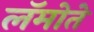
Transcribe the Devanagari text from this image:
लॅमोते